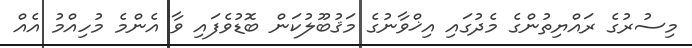
މިސުރުގެ ރައްޔިތުންގެ މެދުގައި އިޚްވާނުގެ މަޤުބޫލުކަން ބޮޑުވެފައި ވާ އެންމެ މުހިއްމު އެއް